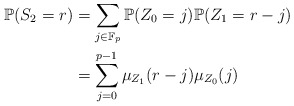
\begin{align*}\mathbb{P}(S_2 = r)& = \sum_{j \in \mathbb{F}_p} \mathbb{P}(Z_0 = j)\mathbb{P}( Z_1 = r-j)\\& = \sum_{j=0}^{p-1} \mu_{Z_1}(r-j) \mu_{Z_0}(j)\end{align*}